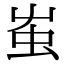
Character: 𧈪